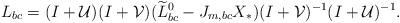
LaTeX: \begin{align*}L_{bc}= (I+\mathcal{U})(I+\mathcal{V})(\widetilde{L}_{bc}^0 -J_{m, bc}X_*)(I+\mathcal{V})^{-1}(I+\mathcal{U})^{-1}.\end{align*}